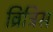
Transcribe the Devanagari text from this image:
ब्रिट्रिस